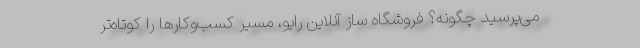
می‌پرسید چگونه؟ فروشگاه ساز آنلاین رایو، مسیر کسب‌وکارها را کوتاه‌تر